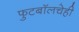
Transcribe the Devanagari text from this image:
फुटबॉलचेही